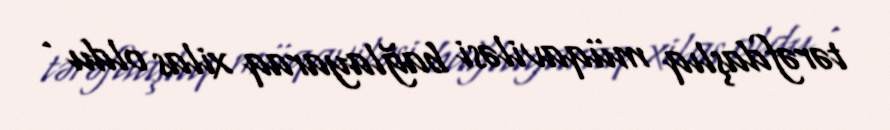
tərəfdaşlıq müqaviləsi bağlayaraq xilas oldu .